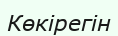
Көкірегін